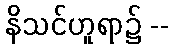
နိသင်ဟူရာ၌ --